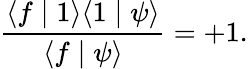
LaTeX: \frac{\langle f\mid 1\rangle\langle 1\mid\psi\rangle}{\langle f\mid\psi\rangle}=+1.